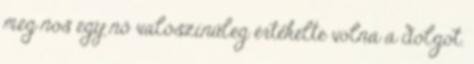
meg nos egy nő valószínűleg értékelte volna a dolgot.